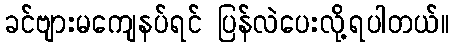
ခင်ဗျားမကျေနပ်ရင် ပြန်လဲပေးလို့ရပါတယ်။